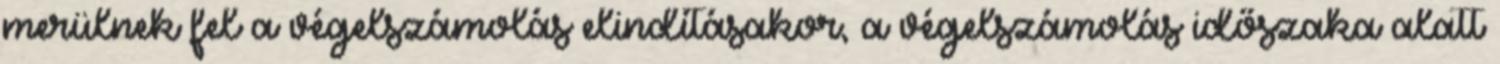
merülnek fel a végelszámolás elindításakor, a végelszámolás időszaka alatt